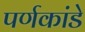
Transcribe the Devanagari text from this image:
पर्णकांडे